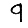
Digit: 9